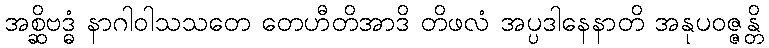
အစ္ဆိဗဒ္ဓံ နာဂါဝါသသတေ တေဟီတိအာဒိ တိဖလံ အပ္ပဒါနေနာတိ အနုပဝဇ္ဇန္တိ